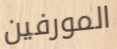
المورفين